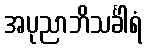
အပုညာဘိသင်္ခါရံ